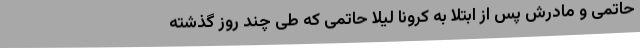
حاتمی و مادرش پس از ابتلا به کرونا لیلا حاتمی که طی چند روز گذشته